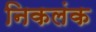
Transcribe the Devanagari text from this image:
निकलंक